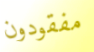
مفقودون